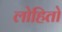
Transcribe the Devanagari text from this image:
लोहितो